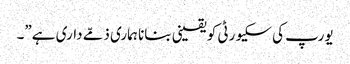
یورپ کی سکیورٹی کو یقینی بنانا ہماری ذمّے داری ہے”۔